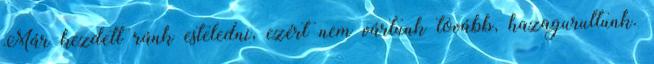
Már kezdett ránk esteledni, ezért nem vártunk tovább, hazagurultunk.